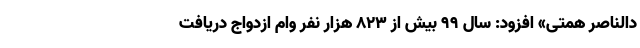
دالناصر همتی» افزود: سال ۹۹ بیش از ۸۲۳ هزار نفر وام ازدواج دریافت